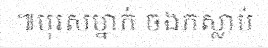
៕បុរសម្នាក់ ចងកស្លាប់